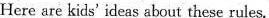
Here are kids ideas about these rules.